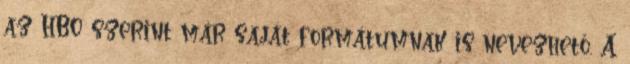
az HBO szerint már saját formátumnak is nevezhető. A